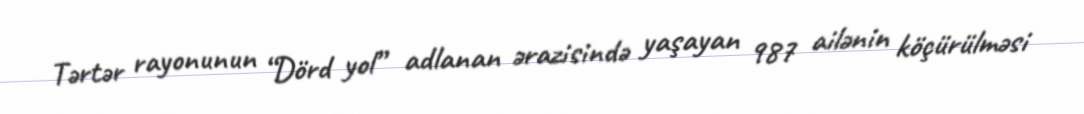
Tərtər rayonunun “Dörd yol” adlanan ərazisində yaşayan 987 ailənin köçürülməsi